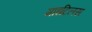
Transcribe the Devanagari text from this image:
माइटिलस